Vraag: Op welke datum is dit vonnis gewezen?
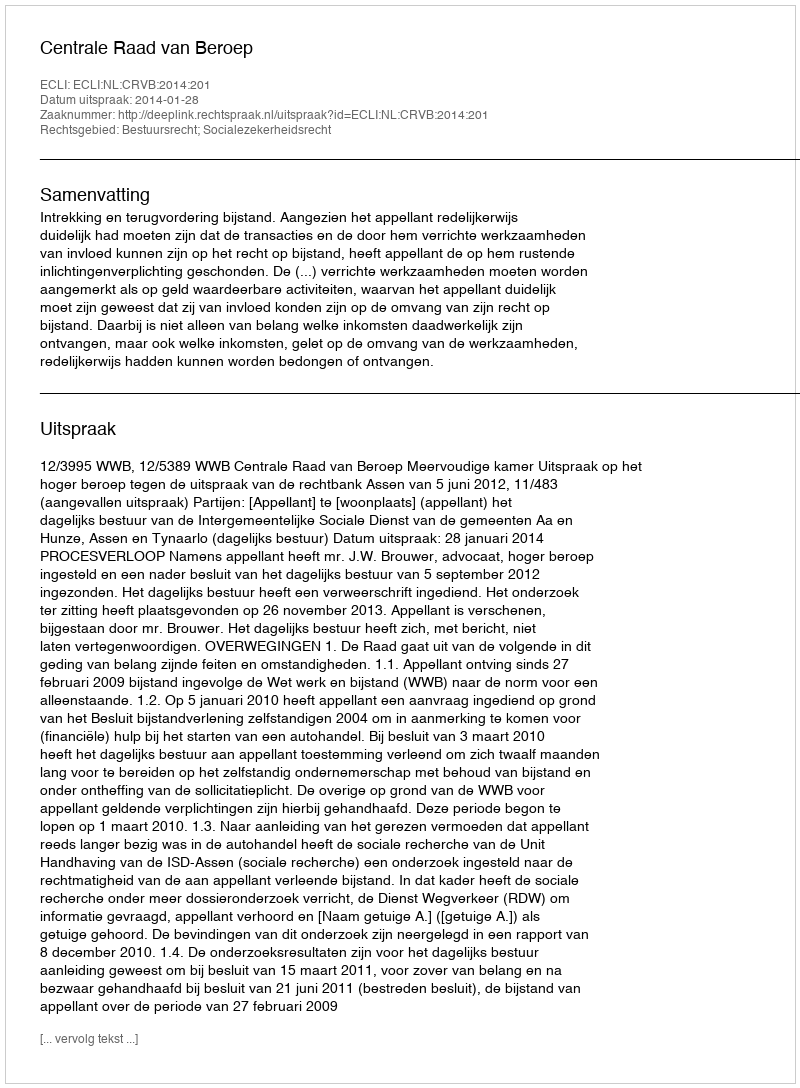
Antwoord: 2014-01-28